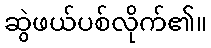
ဆွဲဖယ်ပစ်လိုက်၏။